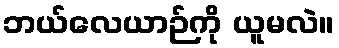
ဘယ်လေယာဉ်ကို ယူမလဲ။